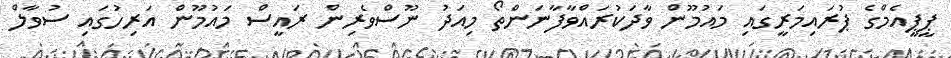
ޕީޕީއެމްގެ ޕުރައިމަރީގައި މައުމޫން ވާދަކުރައްވާފާނަންތޯ މިއަދު ނޫސްވެރިން ރައީސް މައުމޫން އަރިހުގައި ސުވާލް